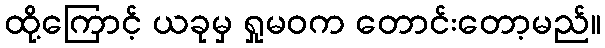
ထို့ကြောင့် ယခုမှ ရှုမဝက တောင်းတော့မည်။